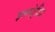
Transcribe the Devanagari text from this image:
इलस्ट्रेटिड